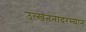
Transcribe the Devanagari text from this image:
उत्खननादरम्यान